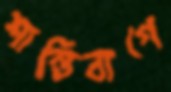
শান্তিবাগে